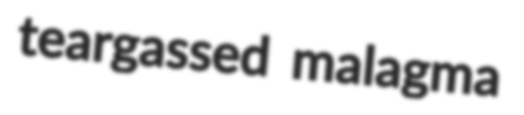
teargassed malagma